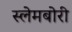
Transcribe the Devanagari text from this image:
स्‍लेमबोरी